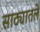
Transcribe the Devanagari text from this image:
साठ्यातले